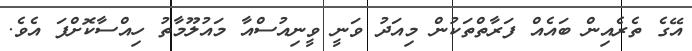
އޭގެ ތެރެއިން ބައެއް ފަރާތްތަކުން މިއަދު ވަނީ ވީނިއުސްއާ މައުލޫމާތު ހިއްސާކޮށްފަ އެވެ.